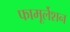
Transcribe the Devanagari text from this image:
फामूर्लेशन